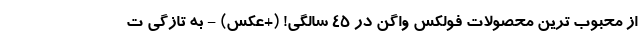
از محبوب ترین محصولات فولکس واگن در 45 سالگی! (+عکس) - به تازگی ت